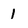
Character: 1